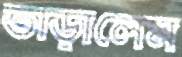
তাড়ালেম